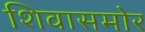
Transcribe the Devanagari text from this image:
शिवासमोर